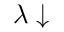
\lambda \downarrow